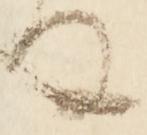
な